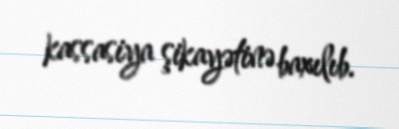
kassasiya şikayətinə baxılıb.